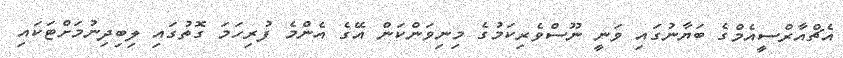
އެޗްއާރްސީއެމްގެ ބަޔާނުގައި ވަނީ ނޫސްވެރިކަމުގެ މިނިވަންކަން އޭގެ އެންމެ ފުރިހަމަ ގޮތުގައި ލިބިދިނުމަށްޓަކައި